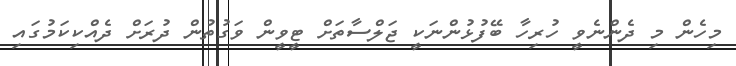
މިހެން މި ދެންނެވީ ހުރިހާ ބޭފުޅުންނަކީ ޖަލްސާތަށް ޓީވީން ވަގުތުން ދުރަށް ދެއްކިކަމުގައި